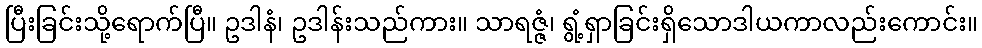
ပြီးခြင်းသို့ရောက်ပြီ။ ဥဒါနံ၊ ဥဒါန်းသည်ကား။ သာရဇ္ဇံ၊ ရွံ့ရှာခြင်းရှိသောဒါယကာလည်းကောင်း။